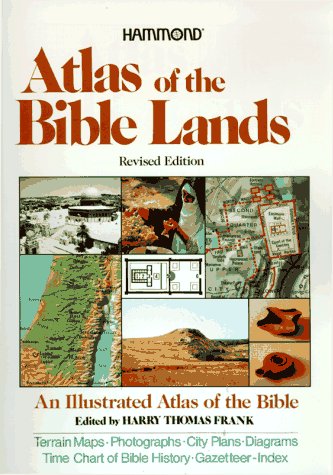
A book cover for Atlas of the Bible Lands; Harry Thomas Frank; Christian Books & Bibles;